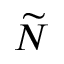
\widetilde { N }